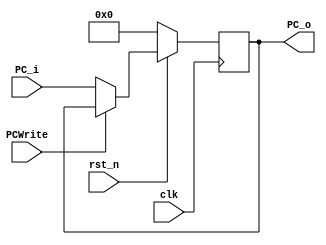
module PC (
	input  	   		  clk,     // Clock
	input  	   		  rst_n,   // Synchronous reset active low
	input			  PCWrite, //load-use data hazard stall
	input  	   [31:0] PC_i,
	output reg [31:0] PC_o
);

always @(posedge clk) begin
	if (~rst_n) 	  PC_o <= 32'b0;
	else if (PCWrite) PC_o <= PC_o; //stall (re-fetch)
	else 			  PC_o <= PC_i;
end

endmodule